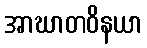
အာဃာတဝိနယာ